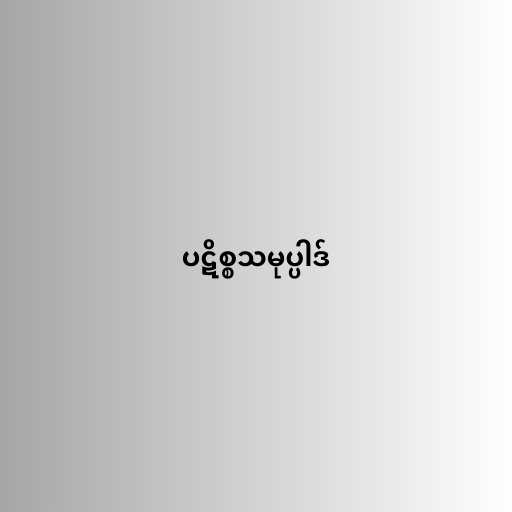
ပဋိစ္စသမုပ္ပါဒ်